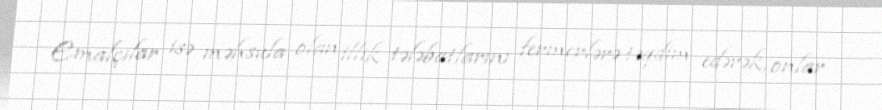
Emalçılar isə məhsula olan illik tələbatlarını fermerlərə təqdim edərək, onlar